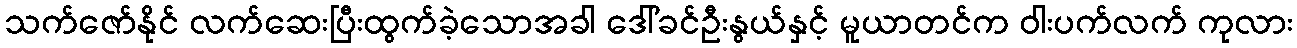
သက်ဇော်နိုင် လက်ဆေးပြီးထွက်ခဲ့သောအခါ ဒေါ်ခင်ဦးနွယ်နှင့် မူယာတင်က ဝါးပက်လက် ကုလား